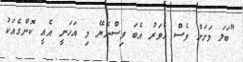
"ބަލަ މަށަށް ވެސް އެވަރު އެބަ ވިސްނެޔޭ މި އަހަނީ އެއީ ކޮންގެއަކު